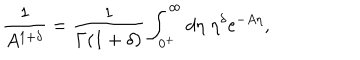
LaTeX: \frac { 1 } { A ^ { 1 + \delta } } = \frac { 1 } { \Gamma ( 1 + \delta ) } \int _ { 0 ^ { + } } ^ { \infty } d \eta \; \eta ^ { \delta } \mathrm { e } ^ { - A \eta } ,